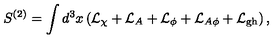
S ^ { ( 2 ) } = \int d ^ { 3 } x \left( { \cal L } _ { \chi } + { \cal L } _ { A } + { \cal L } _ { \phi } + { \cal L } _ { A \phi } + { \cal L } _ { \mathrm { g h } } \right) ,